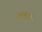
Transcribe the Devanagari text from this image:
कमलापूरी